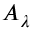
{ \cal A } _ { \lambda }